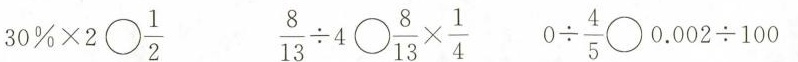
30%×2\bigcirc$$\frac{1}{2}$$ $$\frac{8}{13}\div 4$$\bigcirc $$\frac{8}{13}\times \frac{1}{4}$$ $$0 \div \frac{4}{5}$$\bigcirc 0.002÷100